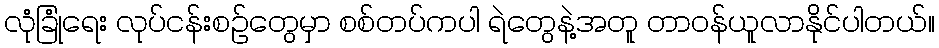
လုံခြုံရေး လုပ်ငန်းစဉ်တွေမှာ စစ်တပ်ကပါ ရဲတွေနဲ့အတူ တာဝန်ယူလာနိုင်ပါတယ်။